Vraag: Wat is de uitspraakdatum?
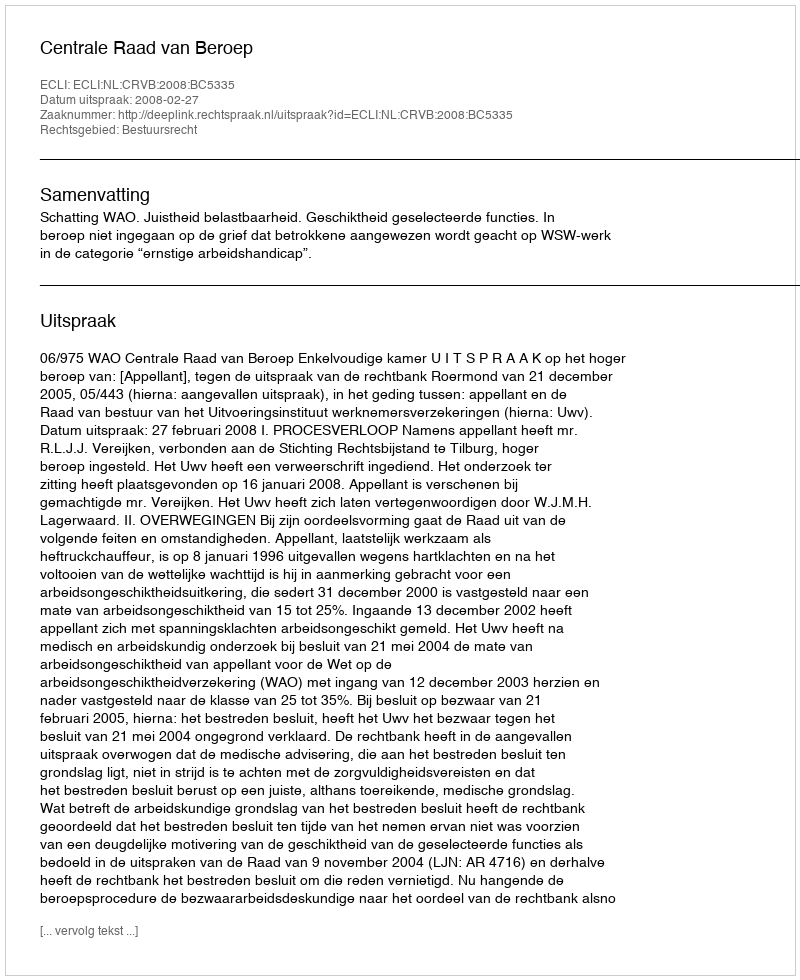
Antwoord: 2008-02-27